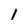
Character: 1